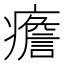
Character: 癚